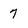
Character: 7